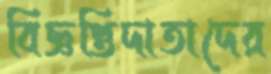
বিজ্ঞপ্তিদাতাদের